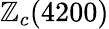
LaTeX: \mathbb{Z}_{c}(4200)